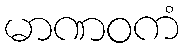
မာဏဝကံ